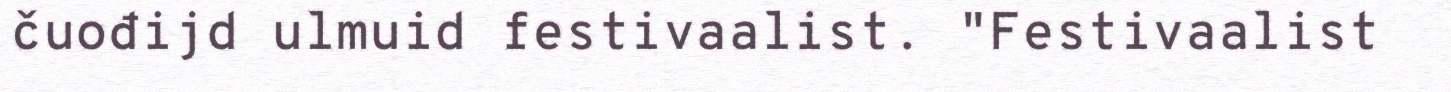
čuođijd ulmuid festivaalist. "Festivaalist